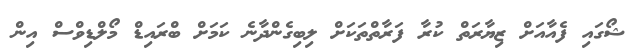
ޝޯގައި ފެއާއަށް ޒިޔާރަތް ކުރާ ފަރާތްތަކަށް ލިބިގެންދާނެ ކަމަށް ބްރައިޑް މޯލްޑިވްސް އިން